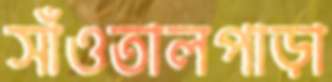
সাঁওতালপাড়া